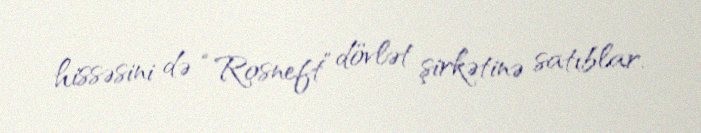
hissəsini də “Rosneft” dövlət şirkətinə satıblar.